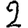
Digit: 2